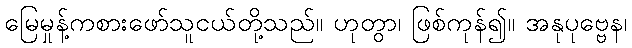
မြေမှုန့်ကစားဖော်သူငယ်တို့သည်။ ဟုတွာ၊ ဖြစ်ကုန်၍။ အနုပုဗ္ဗေန၊